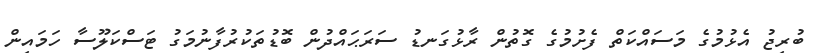
ބުރިޖު އެޅުމުގެ މަސައްކަތް ފެށުމުގެ ގޮތުން ރާޅުގަނޑު ސަރަޙައްދުން ބޮޑުތަކުރުފާނުމަގު ޓަސްކަލޫސާ ހަމައިން